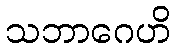
သဘာဂေဟိ